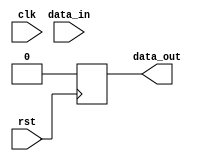
module sequencial_logic (
    input wire clk,
    input wire rst,
    input wire data_in,
    output reg data_out
);

always @ (posedge rst) begin
    // Define logic or operations to be executed on positive edge of reset signal
    // For example, reset the output data value
    data_out <= 0;
end

endmodule